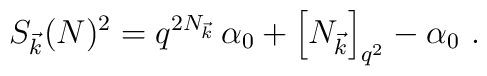
S_{\vec{k}}(N)^2 = q^{2 N_{\vec{k}}} \, \alpha_0 + \left[ N_{\vec{k}} \right]_{q^2} - \alpha_0 \, \, .